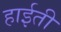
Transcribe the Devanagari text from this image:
हाईती